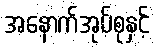
အနောက်အုပ်စုနှင့်